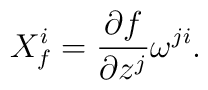
X_f^i = \frac{\partial f}{\partial z^j} \omega^{ji}.